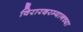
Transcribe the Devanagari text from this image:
विरारदरम्यानच्या